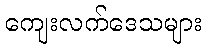
ကျေးလက်ဒေသများ